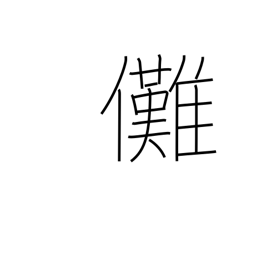
Meaning: exorcism